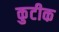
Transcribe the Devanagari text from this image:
कुटीक